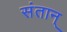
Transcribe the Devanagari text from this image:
संतान्